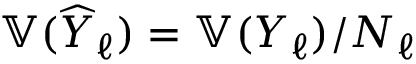
\mathbb { V } ( \widehat { Y } _ { \ell } ) = \mathbb { V } ( Y _ { \ell } ) / N _ { \ell }